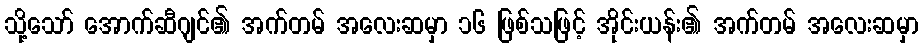
သို့သော် အောက်ဆီဂျင်၏ အက်တမ် အလေးဆမှာ ၁၆ ဖြစ်သဖြင့် အိုင်းယန်း၏ အက်တမ် အလေးဆမှာ